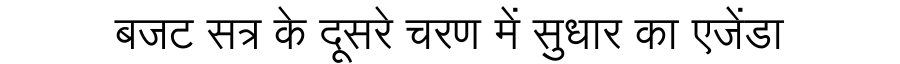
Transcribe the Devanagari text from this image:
बजट सत्र के दूसरे चरण में सुधार का एजेंडा